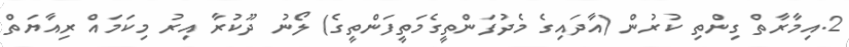
2.އިމާރާތް ގިންތި ކުރުން (އާދައިގެ މެދުފަންތީގެމަތީފަންތީގެ) ލޯނު ދޫކުރާ އިރު މިކަމައް ރިއާޔަތް